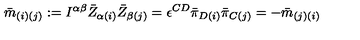
{ \bar { m } } _ { ( i ) ( j ) } : = I ^ { \alpha \beta } { \bar { Z } } _ { \alpha ( i ) } { \bar { Z } } _ { \beta ( j ) } = \epsilon ^ { C D } { \bar { \pi } } _ { D ( i ) } { \bar { \pi } } _ { C ( j ) } = - { \bar { m } } _ { ( j ) ( i ) }